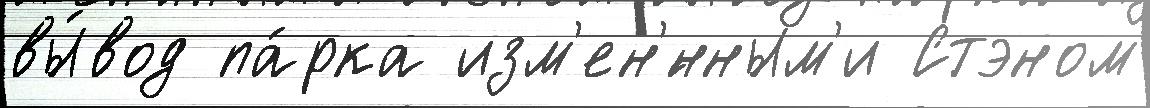
вы́вод па́рка изм'ен'́нным'и Стэном